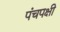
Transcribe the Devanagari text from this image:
पंचपक्षी